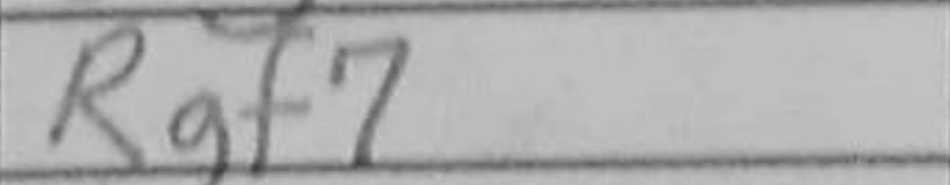
Transcription: Rgf7